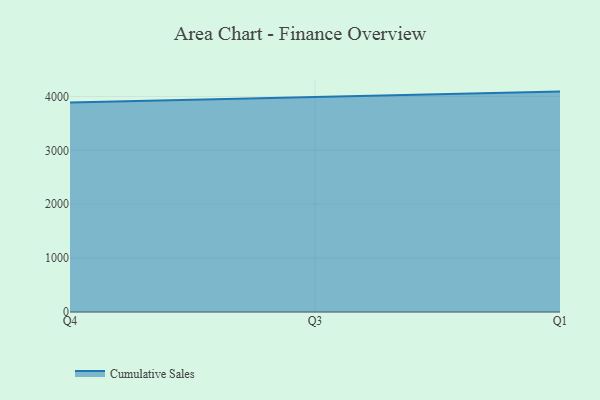
{"axis": {"x": "Quarter", "y": "Waste Production (Tons)"}, "legend": ["Cumulative Sales"], "data": [{"x": "Q4", "y": 3888.6, "type": "Cumulative Sales"}, {"x": "Q3", "y": 3987.9, "type": "Cumulative Sales"}, {"x": "Q1", "y": 4089.9, "type": "Cumulative Sales"}]}